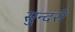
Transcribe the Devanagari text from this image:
सु्न्दरी